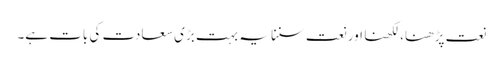
نعت پڑھنا، لکھنا اور نعت سننا یہ بہت بڑی سعادت کی بات ہے۔